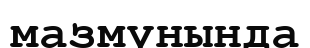
мазмүнында